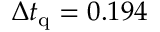
\Delta t _ { \mathrm { q } } = 0 . 1 9 4